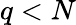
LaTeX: q<N